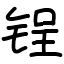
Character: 锃